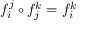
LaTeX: f _ { i } ^ { j } \circ f _ { j } ^ { k } = f _ { i } ^ { k }